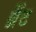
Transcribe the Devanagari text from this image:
ब्रैंट